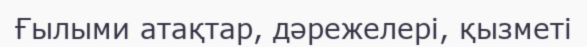
Ғылыми атақтар, дәрежелері, қызметі